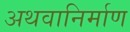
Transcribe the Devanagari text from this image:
अथवानिर्माण